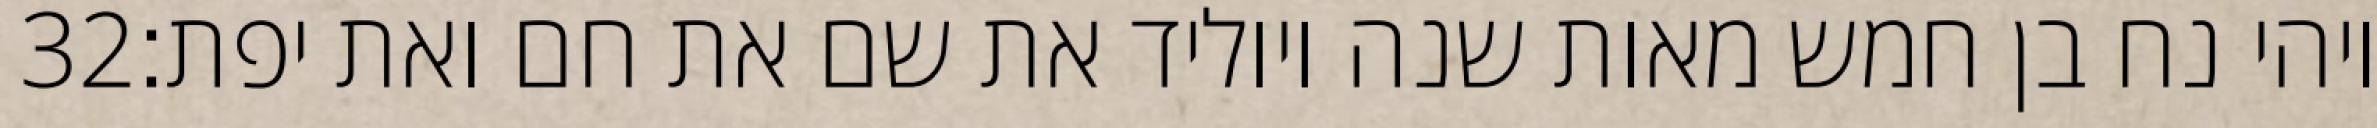
‎32‏ ויהי נח בן חמש מאות שנה ויוליד את שם את חם ואת יפת׃